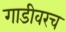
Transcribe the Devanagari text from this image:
गाडीवरच